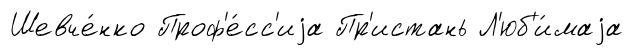
Шевче́нко Проф'е́сс'иjа Пр'истань Л'юб'и́маjа